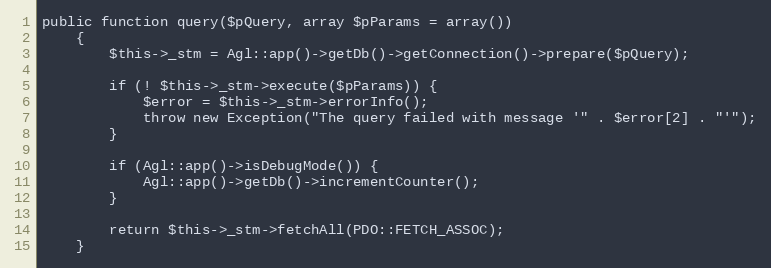
Language: PHP
public function query($pQuery, array $pParams = array())
    {
        $this->_stm = Agl::app()->getDb()->getConnection()->prepare($pQuery);

        if (! $this->_stm->execute($pParams)) {
            $error = $this->_stm->errorInfo();
            throw new Exception("The query failed with message '" . $error[2] . "'");
        }

        if (Agl::app()->isDebugMode()) {
            Agl::app()->getDb()->incrementCounter();
        }

        return $this->_stm->fetchAll(PDO::FETCH_ASSOC);
    }